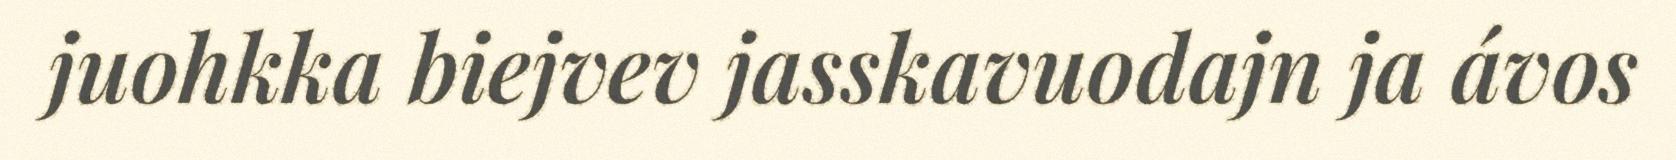
juohkka biejvev jasskavuodajn ja ávos